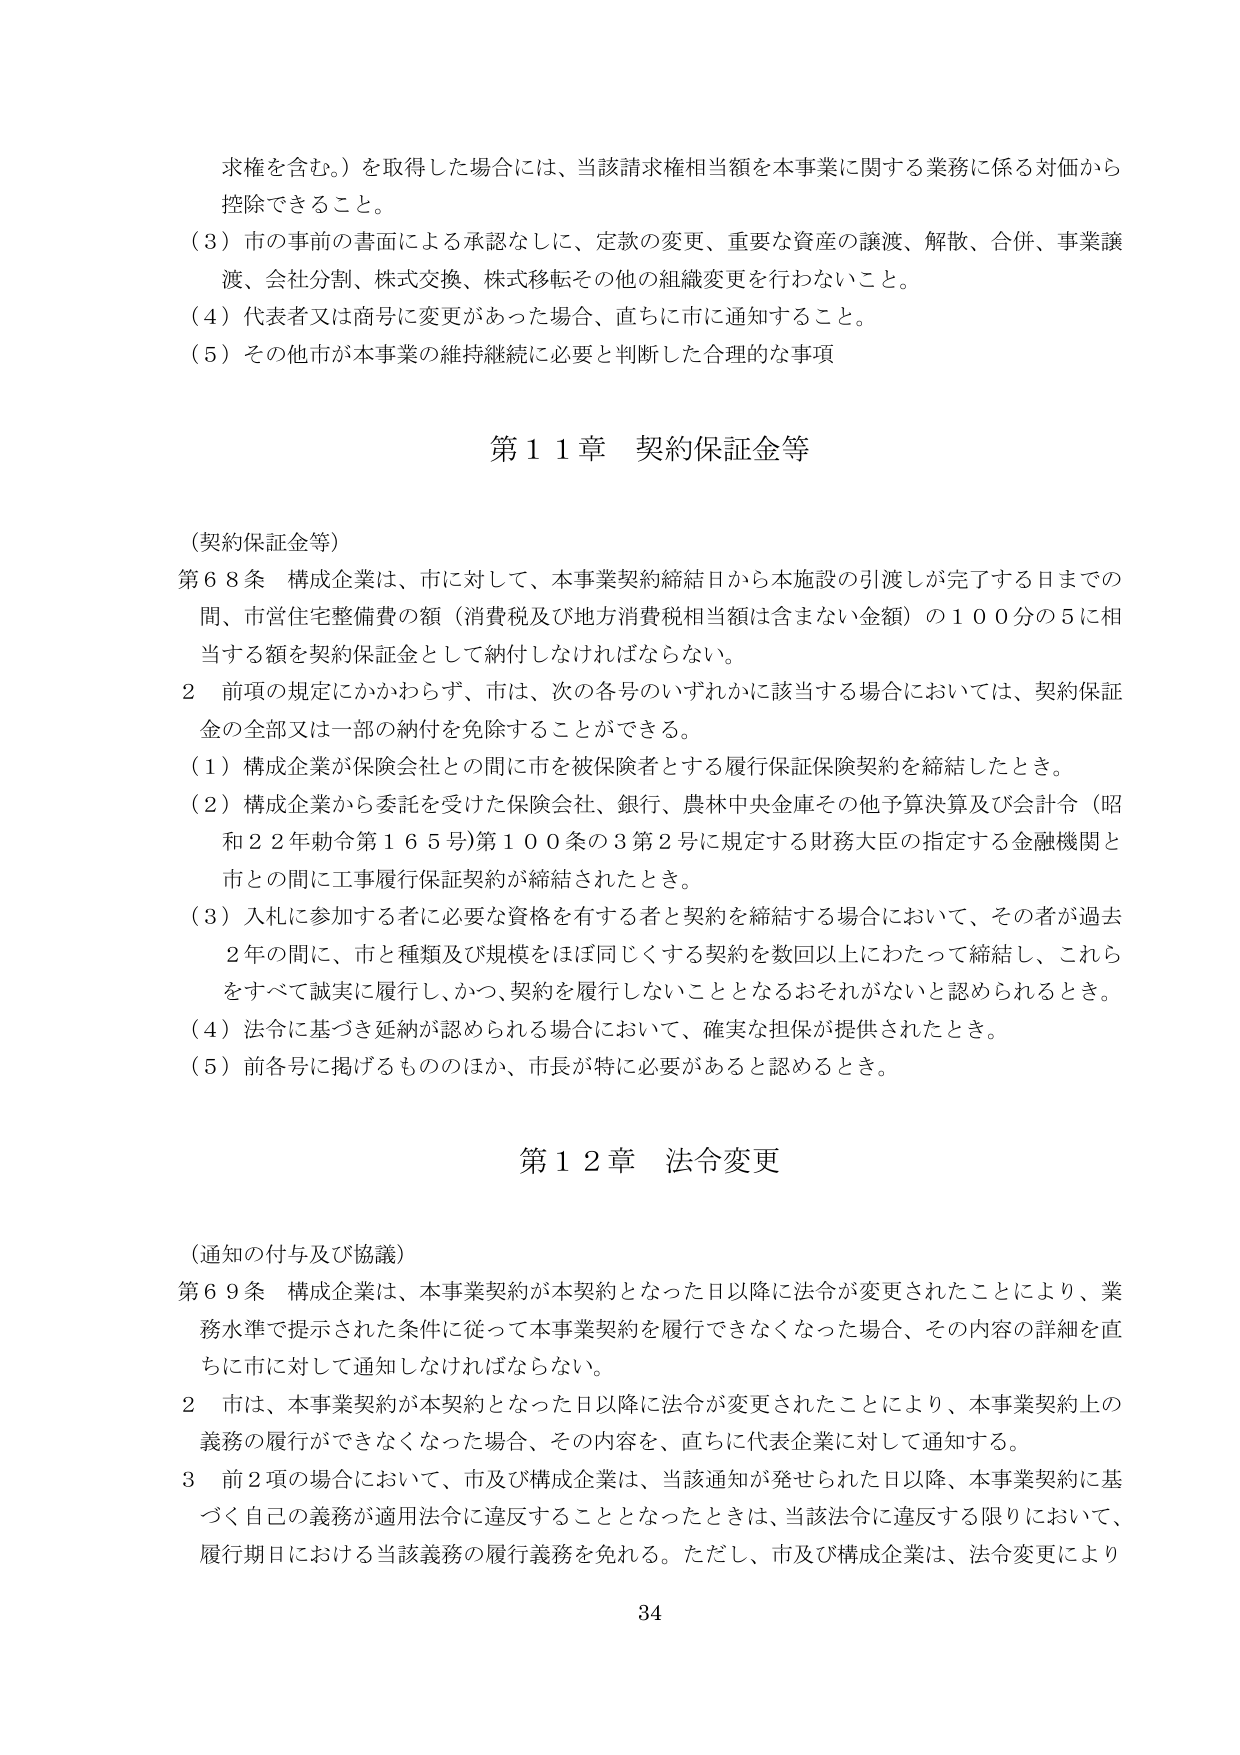
求権を含む。）を取得した場合には、当該請求権相当額を本事業に関する業務に係る対価から控除できること。

（３）市の事前の書面による承認なしに、定款の変更、重要な資産の譲渡、解散、合併、事業譲渡、会社分割、株式交換、株式移転その他の組織変更を行わないこと。

（４）代表者又は商号に変更があった場合、直ちに市に通知すること。

（５）その他市が本事業の維持継続に必要と判断した合理的な事項

第１１章 契約保証金等

（契約保証金等）

第６８条 構成企業は、市に対して、本事業契約締結日から本施設の引渡しが完了する日までの間、市営住宅整備費の額（消費税及び地方消費税相当額は含まない金額）の１００分の５に相当する額を契約保証金として納付しなければならない。

２ 前項の規定にかかわらず、市は、次の各号のいずれかに該当する場合においては、契約保証金の全部又は一部の納付を免除することができる。

（１）構成企業が保険会社との間に市を被保険者とする履行保証保険契約を締結したとき。

（２）構成企業から委託を受けた保険会社、銀行、農林中央金庫その他予算決算及び会計令（昭和２２年勅令第１６５号）第１００条の３第２号に規定する財務大臣の指定する金融機関と市との間に工事履行保証契約が締結されたとき。

（３）入札に参加する者に必要な資格を有する者と契約を締結する場合において、その者が過去２年の間に、市と種類及び規模をほぼ同じくする契約を数回以上にわたって締結し、これらをすべて誠実に履行し、かつ、契約を履行しないこととなるおそれがないと認められるとき。

（４）法令に基づき延納が認められる場合において、確実な担保が提供されたとき。

（５）前各号に掲げるもののほか、市長が特に必要があると認めるとき。

第１２章 法令変更

（通知の付与及び協議）

第６９条 構成企業は、本事業契約が本契約となった日以降に法令が変更されたことにより、業務水準で提示された条件に従って本事業契約を履行できなくなった場合、その内容の詳細を直ちに市に対して通知しなければならない。

２ 市は、本事業契約が本契約となった日以降に法令が変更されたことにより、本事業契約上の義務の履行ができなくなった場合、その内容を、直ちに代表企業に対して通知する。

３ 前２項の場合において、市及び構成企業は、当該通知が発せられた日以降、本事業契約に基づく自己の義務が適用法令に違反することとなったときは、当該法令に違反する限りにおいて、履行期日における当該義務の履行義務を免れる。ただし、市及び構成企業は、法令変更により

34